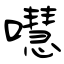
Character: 嚖